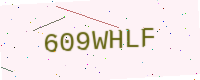
Text: 609WHLF